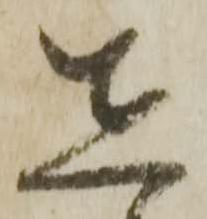
在